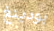
بودينغ